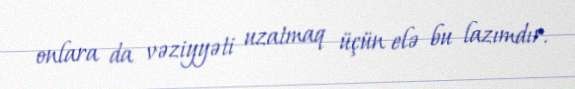
onlara da vəziyyəti uzatmaq üçün elə bu lazımdır.